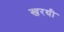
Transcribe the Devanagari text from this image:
खरथी